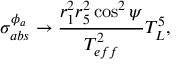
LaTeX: \sigma _ { a b s } ^ { \phi _ { a } } \rightarrow \frac { r _ { 1 } ^ { 2 } r _ { 5 } ^ { 2 } \cos ^ { 2 } \psi } { T _ { e f f } ^ { 2 } } T _ { L } ^ { 5 } ,